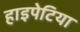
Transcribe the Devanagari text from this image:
हाइपेटिया